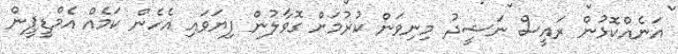
އަނެއްކޮޅުން ރައީސް ނަޝީދު މިނިވަން ކުރުމަށް ގޮވާލުން ފިޔަވައި އެހެން ކަމެއް އެމްޑީޕީން